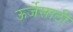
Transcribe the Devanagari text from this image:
ऊर्जेसाठी